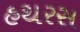
હથરસ